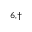
^ { 6 , \dag }